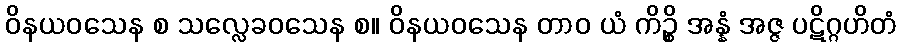
ဝိနယဝသေန စ သလ္လေခဝသေန စ။ ဝိနယဝသေန တာဝ ယံ ကိဉ္စိ အန္နံ အဇ္ဇ ပဋိဂ္ဂဟိတံ